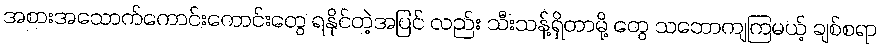
အစားအသောက်ကောင်းကောင်းတွေ ရနိုင်တဲ့အပြင် လည်း သီးသန့်ရှိတာမို့ တွေ သဘောကျကြမယ့် ချစ်စရာ